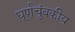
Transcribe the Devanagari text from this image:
घूर्णंचुंबकीय